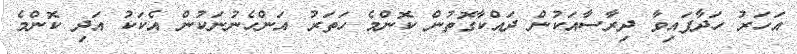
އަހަރު ހަދާފައިވާ ދިރާސާއަކުން ދައްކާގޮތުން ކޮންމެ ހަތަރު އަންހެނުނަކުން އެކަކު އަދި ކޮންމެ